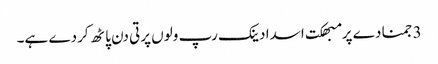
3 جمنا دے پرمبھکت اسدا دینک رپ ولوں پرتی دن پاٹھ کردے ہے۔